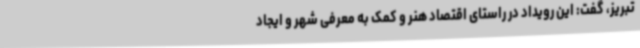
تبریز، گفت: این رویداد در راستای اقتصاد هنر و کمک به معرفی شهر و ایجاد